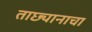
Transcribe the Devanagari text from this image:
ताछ्यानाचा